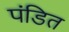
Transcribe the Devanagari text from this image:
पंडित